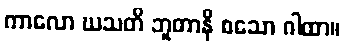
ကာလော ဃသတိ ဘူတာနိ စသော ဂါထာ။